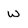
Character: w